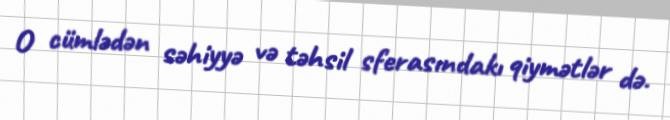
O cümlədən səhiyyə və təhsil sferasındakı qiymətlər də.